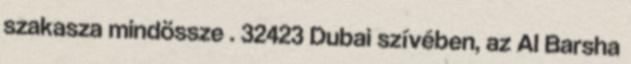
szakasza mindössze . 32423 Dubai szívében, az Al Barsha